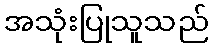
အသုံးပြုသူသည်